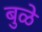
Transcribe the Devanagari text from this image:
बुळे